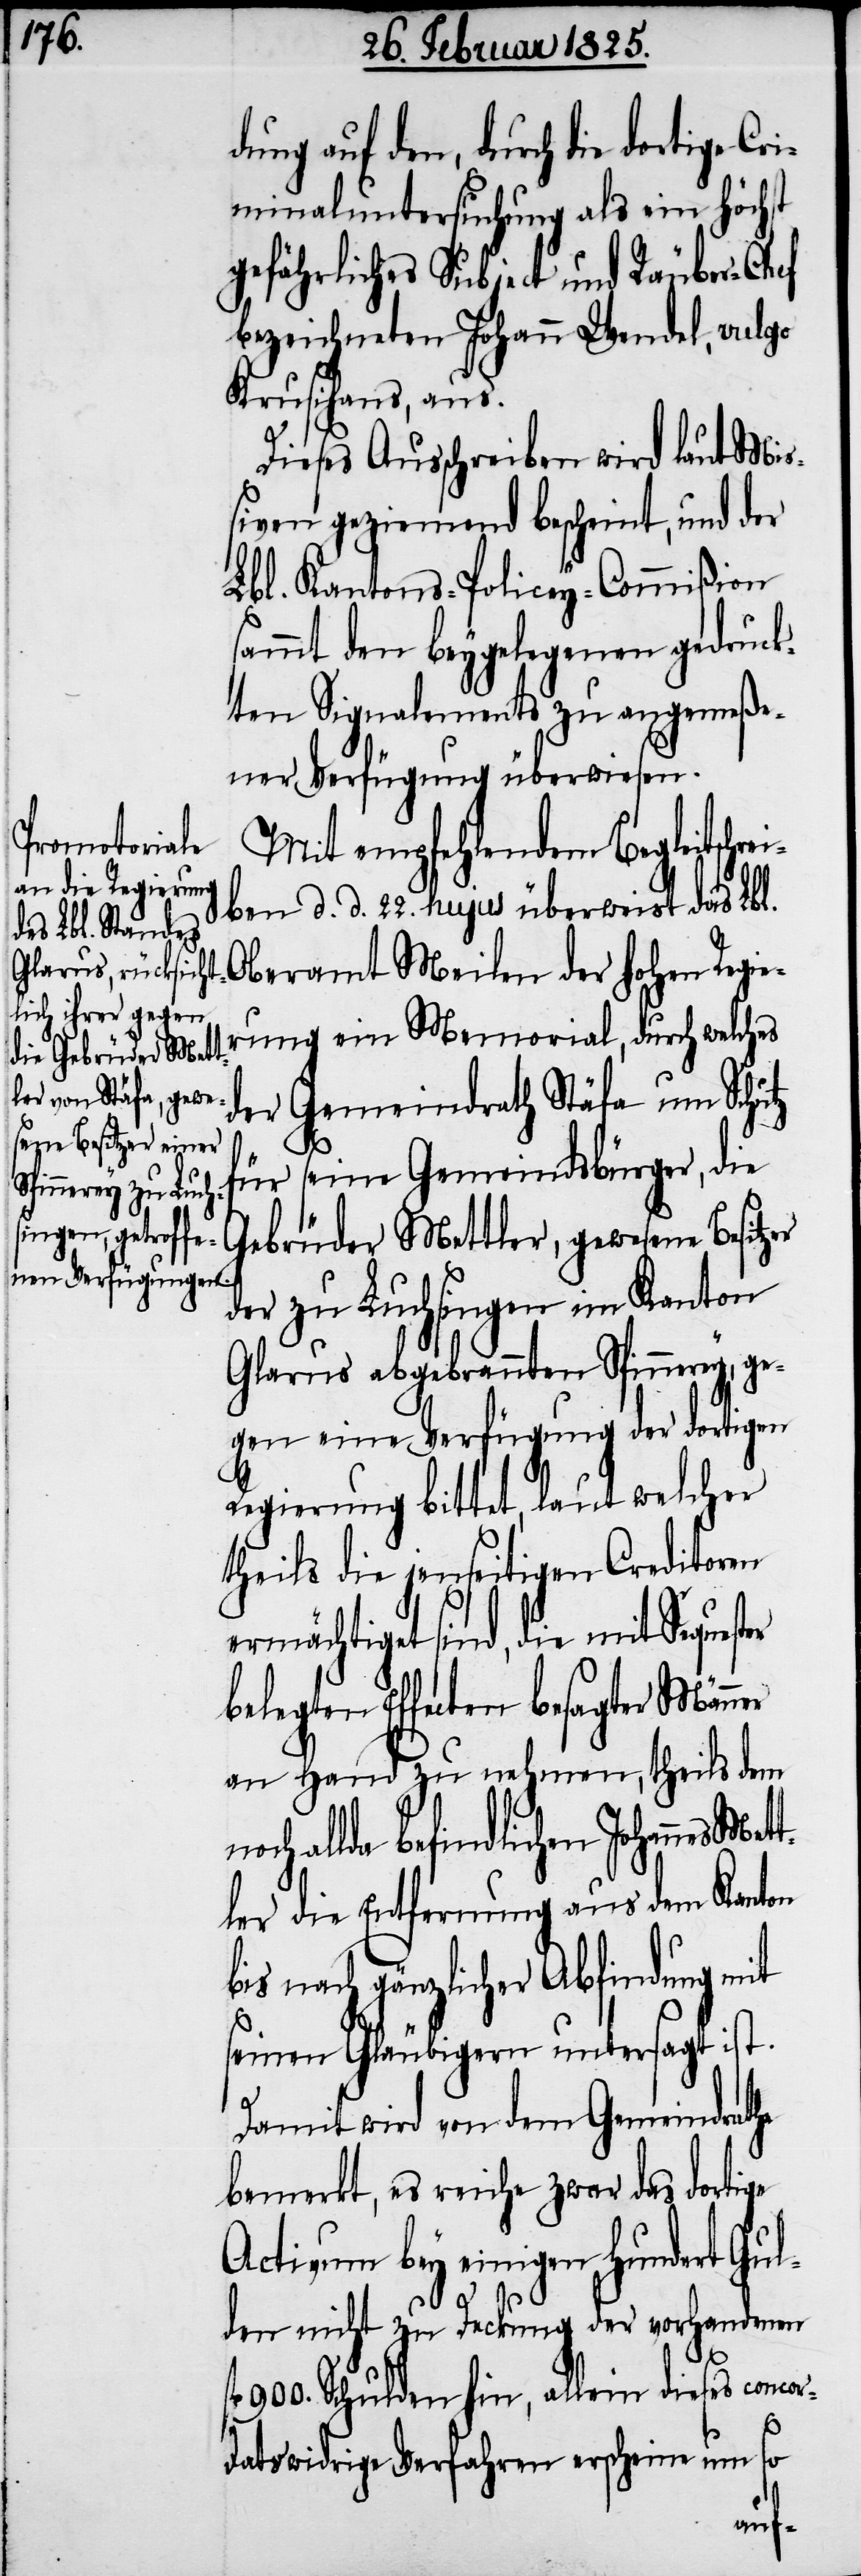
dung auf den, durch die dortige Cr¬
iminaluntersuchung als ein höchst
gefährliches Subject und Räuber-Chef
bezeichneten Johann Wendel, vulgo
Krusihans, aus.
Dieses Ausschreiben wird laut Mi¬
ßiven geziemend bescheint, und der
Lbl. Kantons-Policey-Commißion
sammt den beygelegenen gedruck¬
ten Signalements zu angemeße¬
ner Verfügung überwiesen.
Mit empfehlendem Begleitschr¬
ben d. d. 22. hujus überweist das Lbl.
Oberamt Meilen der hohen Regie¬
rung ein Memorial, durch welches
der Gemeindrath Stäfa um Schutz
für seine Gemeindsbürger, die
Gebrüder Mettler, gewesene Besitzer
der zu Luchsingen im Kanton
Glarus abgebrannten Spinnerey, ge¬
gen eine Verfügung der dortigen
Regierung bittet, laut welcher
theils die jenseitigen Creditoren
ermächtiget sind, die
en Effecten besagter Männer
an Hand zu nehmen, theils dem
allda befindlichen Johannes Me¬
ler die Entfernung aus dem Kanton
bis nach gänzlicher Abfindung mit
seinen Gläubigern untersagt ist.
Damit wird von dem Gemeindrathe
bemerkt, es reiche zwar dass dortige
Activum bey einigen Hundert Gul¬
den nicht zu Deckung der vorhandenen
fl 900. Schulden hin, allein dieses concor¬
datswidrige Verfahren erscheine um so
tt¬